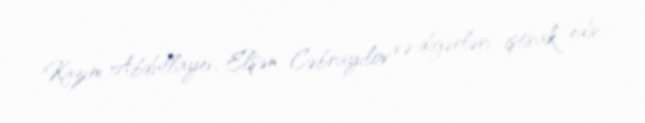
Kazım Abdullayev, Elşən Cəbrayılov və digərləri iştirak edir.